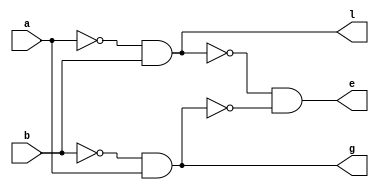
`timescale 1ns / 1ps

module full_comparator(
    input wire a, b,
    output wire l, e, g
    );
wire not_a, not_b;
wire v1_1, v1_2, v2_1;

nand(not_a, a, a);
nand(not_b, b, b);
nand(v1_1, not_a, b);
nand(v1_2, not_b, a);

nand(l, v1_1, v1_1);

nand(v2_1, v1_1, v1_2);
nand(e, v2_1, v2_1);

nand(g, v1_2, v1_2);

endmodule

module and2(
    input wire a, b,
    output wire out
    );
wire ab;
nand(ab, a, b);
nand(out, ab, ab);

endmodule

module and3(
    input wire a, b, c,
    output wire out
    );

wire ab, not_ab, abc;
nand(ab, a, b);
nand(not_ab, ab, ab);
nand(abc, not_ab, c);
nand(out, abc, abc);
endmodule

module or2(
    input wire a, b,
    output wire out
    );
wire not_a, not_b;
nand(not_a, a, a);
nand(not_b, b, b);

nand(out, not_a, not_b);
endmodule

module full_comparator_seq(
    input wire a, b, fl, fe, fg,
    output wire l, e, g
);

wire not_fl, not_fg, fc_l, fc_e, fc_g, add3_out, andl_out, andg_out;
nand(not_fl, fl, fl);
nand(not_fg, fg, fg);

full_comparator fc_i(.a(a), .b(b), .l(fc_l), .e(fc_e), .g(fc_g));
and3 and3_i(.a(not_fl), .b(fe), .c(not_fg), .out(add3_out));

and2 and2_i1(.a(fc_l), .b(add3_out), .out(andl_out));
and2 and2_i2(.a(fc_e), .b(add3_out), .out(e));
and2 and2_i3(.a(fc_g), .b(add3_out), .out(andg_out));

or2 or_i1(.a(andl_out), .b(fl), .out(l));
or2 or_i2(.a(andg_out), .b(fg), .out(g));

endmodule



module full_comparator4(
    input wire[0:3] a,
    input wire[0:3] b,
    input fl, fe, fg,
    output l, e, g
    );
wire[2:0] fcsl_out, fcse_out, fcsg_out;
full_comparator_seq fcs1(a[0],b[0],fl,fe,fg,fcsl_out[0],fcse_out[0],fcsg_out[0]);
full_comparator_seq fcs2(a[1],b[1],fcsl_out[0],fcse_out[0],fcsg_out[0], fcsl_out[1],fcse_out[1],fcsg_out[1]);
full_comparator_seq fcs3(a[2],b[2],fcsl_out[1],fcse_out[1],fcsg_out[1], fcsl_out[2],fcse_out[2],fcsg_out[2]);
full_comparator_seq fcs4(a[3],b[3],fcsl_out[2],fcse_out[2],fcsg_out[2],l,e,g);    
endmodule